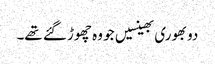
دو بھوری بھینسیں جو وہ چھوڑ گئے تھے۔